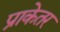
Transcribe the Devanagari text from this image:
प्राकेतर